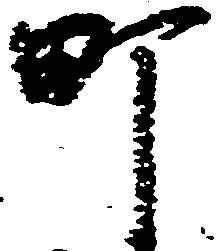
町